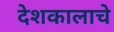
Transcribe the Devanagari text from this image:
देशकालाचे